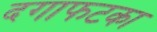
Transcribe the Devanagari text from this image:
दगाफटका